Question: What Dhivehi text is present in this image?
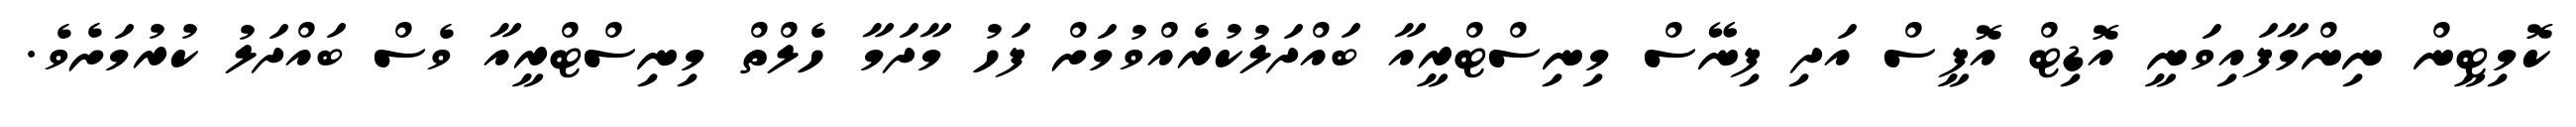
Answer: ކޮމިޓީން ނިންމާފައިވަނީ އޮޑިޓް އޮފީސް އަދި ފިނޭސް މިނިސްޓްރީއާ ބައްދަލުކުރެއްވުމަށް ފަހު މާދަމާ ހެލްތް މިނިސްޓްރީއާ ވެސް ބައްދަލު ކުރުމަށެވެ.